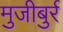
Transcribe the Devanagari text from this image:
मुजीबुर्र